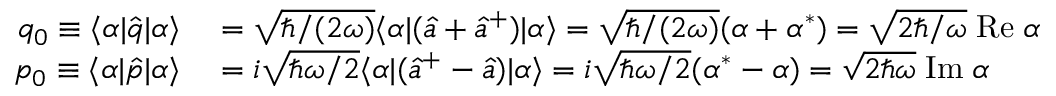
\begin{array} { r l } { q _ { 0 } \equiv \langle \alpha | \hat { q } | \alpha \rangle } & { { } = \sqrt { \hbar / ( 2 \omega ) } \langle \alpha | ( \hat { a } + \hat { a } ^ { + } ) | \alpha \rangle = \sqrt { \hbar / ( 2 \omega ) } ( \alpha + \alpha ^ { * } ) = \sqrt { 2 \hbar / \omega } \mathrm { \; R e } \; \alpha } \\ { p _ { 0 } \equiv \langle \alpha | \hat { p } | \alpha \rangle } & { { } = i \sqrt { \hbar \omega / 2 } \langle \alpha | ( \hat { a } ^ { + } - \hat { a } ) | \alpha \rangle = i \sqrt { \hbar \omega / 2 } ( \alpha ^ { * } - \alpha ) = \sqrt { 2 \hbar \omega } \mathrm { \; I m } \; \alpha } \end{array}